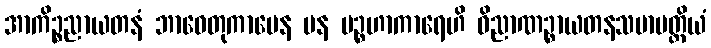
အာကိဉ္စညာယတနံ ဘာဝေတုကာမေန ပန ပဉ္စဟာကာရေဟိ ဝိညာဏဉ္စာယတနသမာပတ္တိယံ